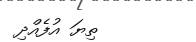
ތިޔަ އުފެއްދި